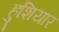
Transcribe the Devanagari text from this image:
हुशियार